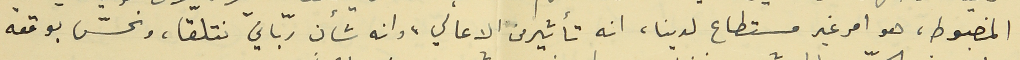
المضبوط، هو امر غير مستطاع لدينا، انه تأثير من الاعالي، وانه شأن ربّانيّ نتلقّا، ونحسّ بوقعه